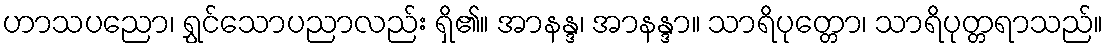
ဟာသပညော၊ ရွှင်သောပညာလည်း ရှိ၏။ အာနန္ဒ၊ အာနန္ဒာ။ သာရိပုတ္တော၊ သာရိပုတ္တရာသည်။